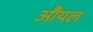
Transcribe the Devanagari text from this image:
औयल